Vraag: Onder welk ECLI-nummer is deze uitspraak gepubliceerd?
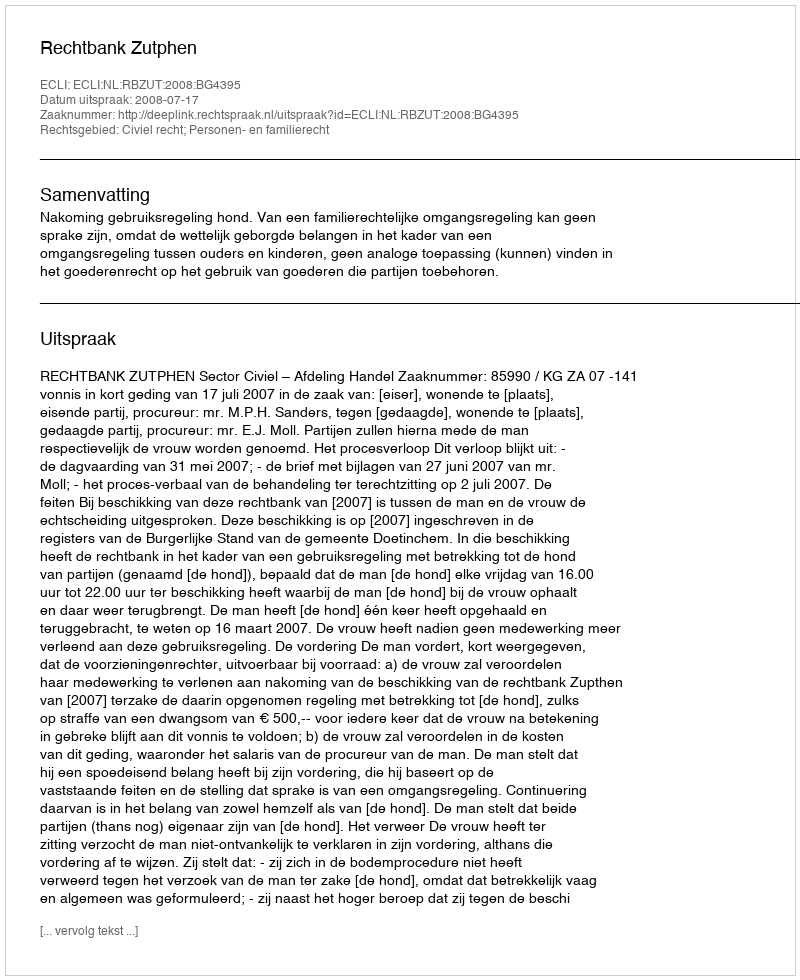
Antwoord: ECLI:NL:RBZUT:2008:BG4395